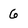
Character: 6